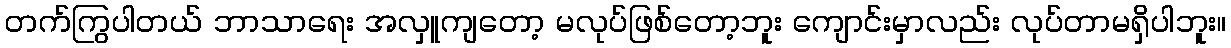
တက်ကြွပါတယ် ဘာသာရေး အလှူကျတော့ မလုပ်ဖြစ်တော့ဘူး ကျောင်းမှာလည်း လုပ်တာမရှိပါဘူး။